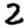
Digit: 2